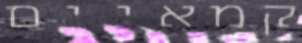
קמאיים